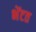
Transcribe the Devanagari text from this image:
भेंटत